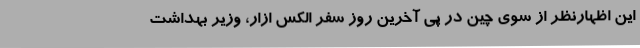
این اظهارنظر از سوی چین در پی آخرین روز سفر الکس ازار، وزیر بهداشت